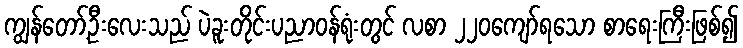
ကျွန်တော့်ဦးလေးသည် ပဲခူးတိုင်းပညာဝန်ရုံးတွင် လစာ ၂၂၀ကျော်ရသော စာရေးကြီးဖြစ်၍